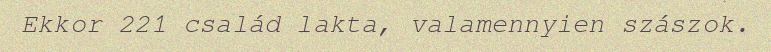
Ekkor 221 család lakta, valamennyien szászok.